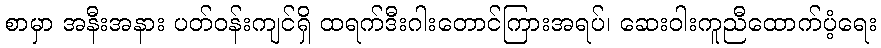
စာမှာ အနီးအနား ပတ်ဝန်းကျင်ရှိ ထရက်ဒီးဂါးတောင်ကြားအရပ်၊ ဆေးဝါးကူညီထောက်ပံ့ရေး